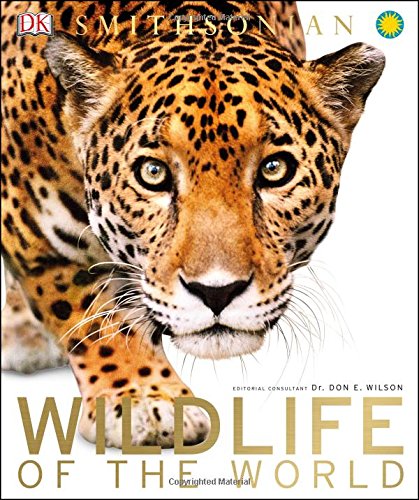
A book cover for Wildlife of the World (Dk Smithsonian); DK Publishing; Science & Math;